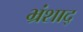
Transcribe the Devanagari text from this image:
भ्रंशाद्